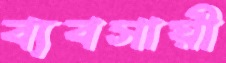
ব্যবসায়ী